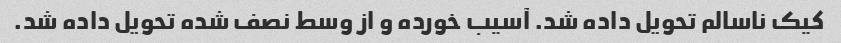
کیک ناسالم تحویل داده شد. آسیب خورده و از وسط نصف شده تحویل داده شد.